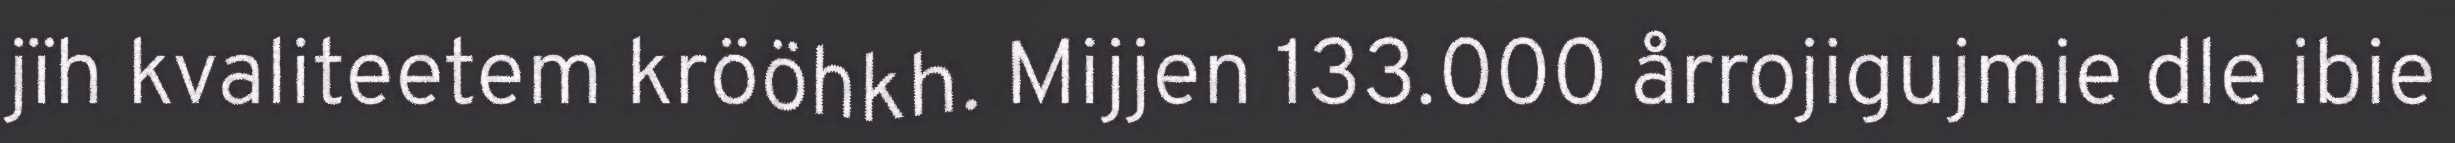
jïh kvaliteetem krööhkh. Mijjen 133.000 årrojigujmie dle ibie